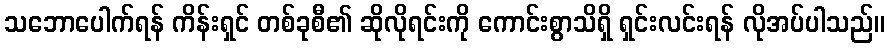
သဘောပေါက်ရန် ကိန်းရှင် တစ်ခုစီ၏ ဆိုလိုရင်းကို ကောင်းစွာသိရှိ ရှင်းလင်းရန် လိုအပ်ပါသည်။